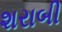
શરાબી